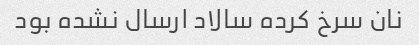
نان سرخ کرده سالاد ارسال نشده بود